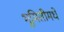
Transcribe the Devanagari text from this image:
भूमितीमधे